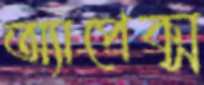
অ্যাপেক্স